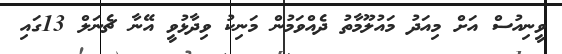
ވީނިއުސް އަށް މިއަދު މައުލޫމާތު ދެއްވަމުން މަނިކު ވިދާޅުވީ އޭނާ ޗެނަލް 13ގައި